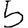
Digit: 5